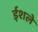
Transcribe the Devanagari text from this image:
ईशले